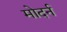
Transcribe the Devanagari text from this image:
मोदर्न